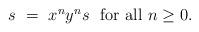
LaTeX: \begin{align*}\begin{minipage}[c]{35pc}$s\ =\ x^n y^n s$ \ for all $n\geq 0.$\end{minipage}\end{align*}